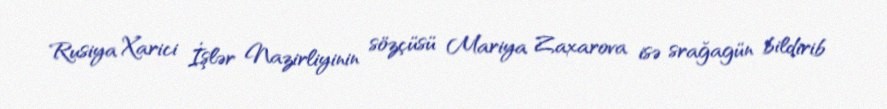
Rusiya Xarici İşlər Nazirliyinin sözçüsü Mariya Zaxarova isə srağagün bildirib